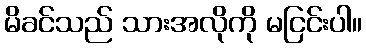
မိခင်သည် သားအလိုကို မငြင်းပါ။